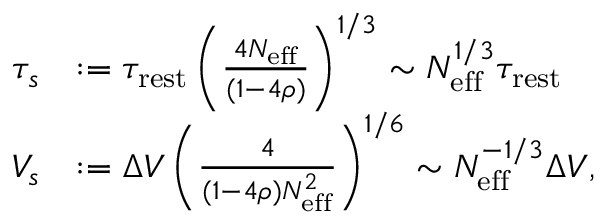
\begin{array} { r l } { \tau _ { s } } & { : = \tau _ { \mathrm { r e s t } } \left( \frac { 4 N _ { \mathrm { e f f } } } { ( 1 - 4 \rho ) } \right) ^ { 1 / 3 } \sim N _ { \mathrm { e f f } } ^ { 1 / 3 } \tau _ { \mathrm { r e s t } } } \\ { V _ { s } } & { : = \Delta V \left( \frac { 4 } { ( 1 - 4 \rho ) N _ { \mathrm { e f f } } ^ { 2 } } \right) ^ { 1 / 6 } \sim N _ { \mathrm { e f f } } ^ { - 1 / 3 } \Delta V , } \end{array}